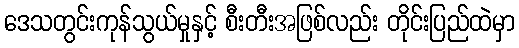
ဒေသတွင်းကုန်သွယ်မှုနှင့် စီးတီးအဖြစ်လည်း တိုင်းပြည်ထဲမှာ